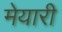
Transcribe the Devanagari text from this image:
मेयारी